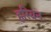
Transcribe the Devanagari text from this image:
हरिवन